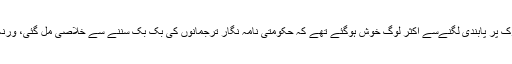
بیشتر کشمیریوں نے انڈین ٹی وی دیکھنا بند کیا ہے گو کیبل نیٹ ورک پر پابندی لگنےسے اکثر لوگ خوش ہوگئے تھے کہ حکومتی نامہ نگار ترجمانوں کی بک بک سننے سے خلاصی مل گئی، ورنہ حکومت کی مہیا کردہ فوٹیج دکھا کر اب پاگل ہوجانے کاخطرہ تھا۔